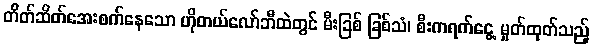
တိတ်ဆိတ်အေးစက်နေသော ဟိုတယ်လော်ဘီထဲတွင် မီးခြစ် ခြစ်သံ၊ စီးကရက်ငွေ့ မှုတ်ထုတ်သည့်